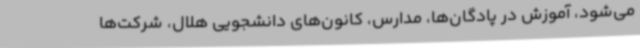
می‌شود، آموزش در پادگان‌ها، مدارس، کانون‌های دانشجویی هلال، شرکت‌ها